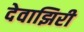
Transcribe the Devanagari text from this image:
देवाझिरी